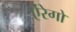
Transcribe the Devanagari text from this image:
ऐंरेगो